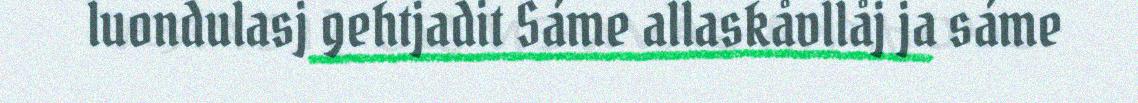
luondulasj gehtjadit Sáme allaskåvllåj ja sáme